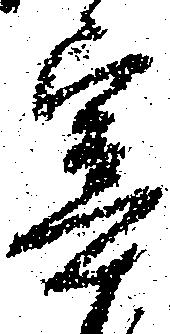
宰